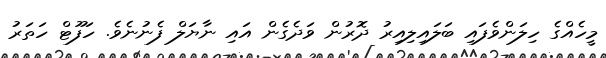
މީހެއްގެ ހިލަންވެފައި ބަލައިލިއިރު ދޮރުން ވަދެގެން އައި ނާޔަލް ފެނުނެވެ. ހަފޫޓް ހަތަރު